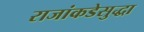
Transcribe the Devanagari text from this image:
राजांकडेसुद्धा